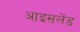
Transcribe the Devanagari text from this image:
आइसलेंड